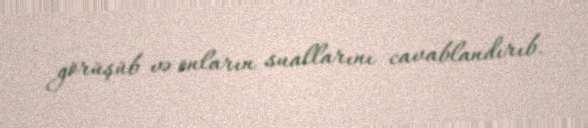
görüşüb və onların suallarını cavablandırıb.